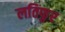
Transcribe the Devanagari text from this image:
लतिफुर